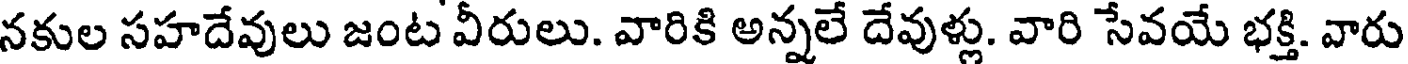
నకుల సహదేవులు జంట వీరులు. వారికి అన్నలే దేవుళ్లు. వారి సేవయే భక్తి. వారు